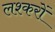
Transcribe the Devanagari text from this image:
लश्करों